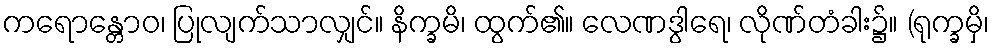
ကရောန္တောဝ၊ ပြုလျက်သာလျှင်။ နိက္ခမိ၊ ထွက်၏။ လေဏဒွါရေ၊ လိုဏ်တံခါး၌။ (ရုက္ခမှိ၊